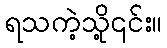
ရသကဲ့သို့၎င်း။